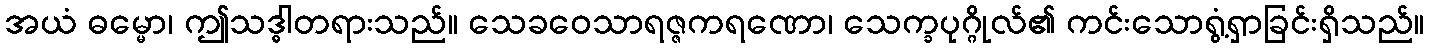
အယံ ဓမ္မော၊ ဤသဒ္ဓါတရားသည်။ သေခဝေသာရဇ္ဇကရဏော၊ သေက္ခပုဂ္ဂိုလ်၏ ကင်းသောရွံ့ရှာခြင်းရှိသည်။